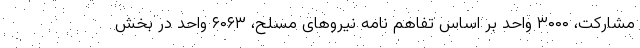
مشارکت، ۳۰۰۰ واحد بر اساس تفاهم نامه نیروهای مسلح، ۶۰۶۳ واحد در بخش